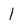
Character: l